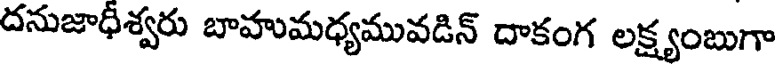
దనుజాధీశ్వరు బాహుమధ్యమువడిన్ దాకంగ లక్ష్యంబుగా